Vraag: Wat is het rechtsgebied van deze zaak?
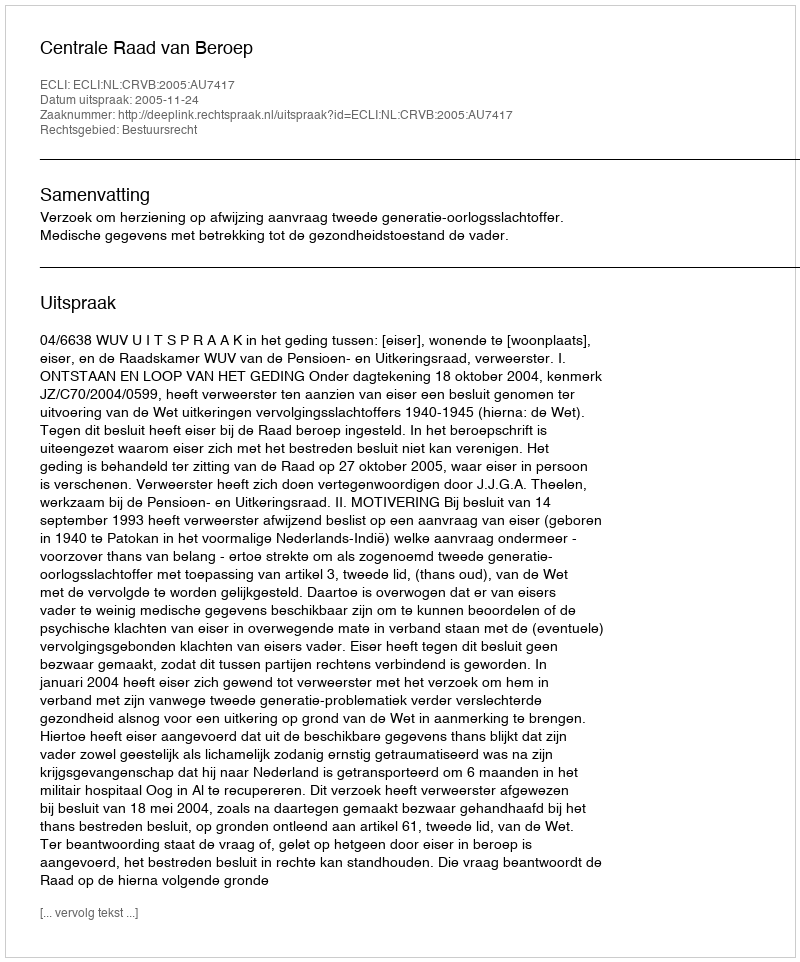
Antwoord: Bestuursrecht